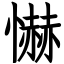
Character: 懗